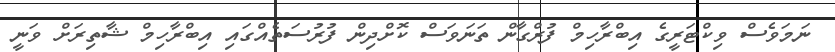
ނަމަވެސް ވިކްޓަރީގެ އިބްރާހިމް ފުރްގާން ތަނަވަސް ކޮށްދިން ފުރުސަތެއްގައި އިބްރާހިމް ޝާތިރަށް ވަނީ